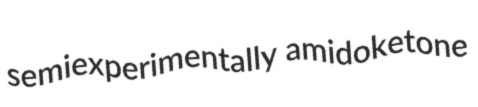
semiexperimentally amidoketone